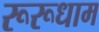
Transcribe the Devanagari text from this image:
रूरूधाम